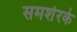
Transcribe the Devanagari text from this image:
समशेरके